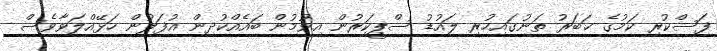
ފަސްކުރި ކަމުގެ ޚަބަރު ތަނުގައިހުރި ލައުޑު ސްޕީކަރުން އިވުމުން ބައެއްކުދިން އުފަލުން ހަޅޭއްލަވާވެސް